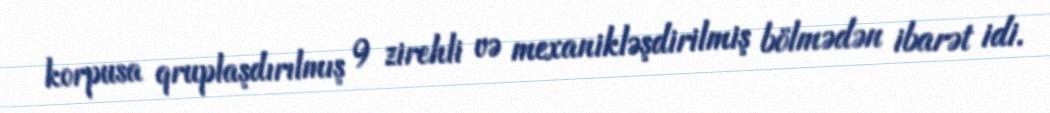
korpusa qruplaşdırılmış 9 zirehli və mexanikləşdirilmiş bölmədən ibarət idi.